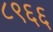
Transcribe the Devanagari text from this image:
८९६६